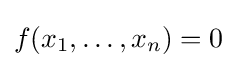
f(x_{1},\ldots ,x_{n})=0